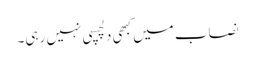
نصاب میں کبھی دلچسپی نہیں رہی۔